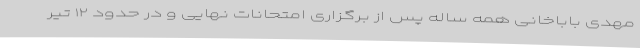
مهدی باباخانی همه ساله پس از برگزاری امتحانات نهایی و در حدود ۱۲ تیر